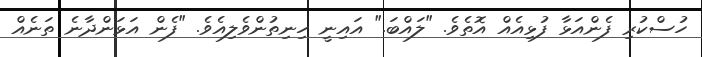
ހުސްކުރި ފެންއަޅާ ފުޅިއެއް އޮތެވެ. "ލައްބަ." އައިނީ ހިނިތުންވެލިއެވެ. "ފެން އަޅަންދާނެ ތަނެއް